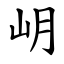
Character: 岄